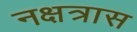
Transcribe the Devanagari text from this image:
नक्षत्रास